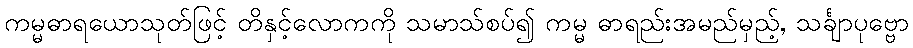
ကမ္မဓာရယောသုတ်ဖြင့် တိနှင့်လောကကို သမာသ်စပ်၍ ကမ္မ ဓာရည်းအမည်မှည့်, သင်္ချာပုဗ္ဗော